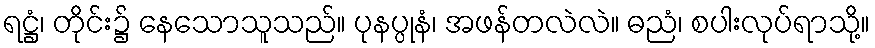
ရဋ္ဌံ၊ တိုင်း၌ နေသောသူသည်။ ပုနပ္ပုနံ၊ အဖန်တလဲလဲ။ ဓညံ၊ စပါးလုပ်ရာသို့။